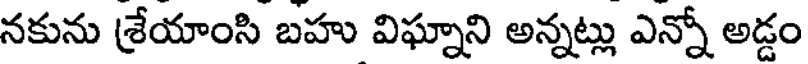
నకును శ్రేయాంసి బహు విఘ్నాని అన్నట్లు ఎన్నో అడ్డం